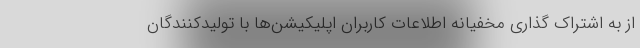
از به اشتراک گذاری مخفیانه اطلاعات کاربران اپلیکیشن‌ها با تولیدکنندگان